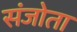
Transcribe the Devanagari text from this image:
संजोता